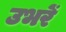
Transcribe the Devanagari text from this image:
उभरें